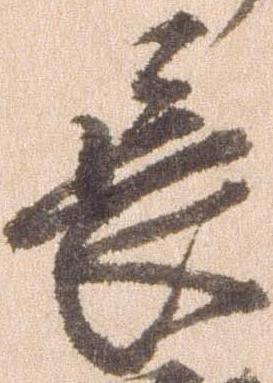
長